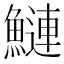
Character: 鰱